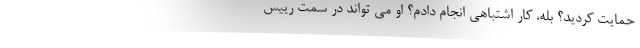
حمایت کردید؟ بله، کار اشتباهی انجام دادم؟ او می‌ تواند در سمت رییس